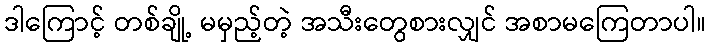
ဒါကြောင့် တစ်ချို့ မမှည့်တဲ့ အသီးတွေစားလျှင် အစာမကြေတာပါ။